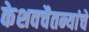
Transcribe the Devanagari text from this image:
केशवचैतन्यांचे